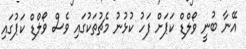
އޭނާ ބުނީ ވޯލްޑް ކަޕަށް ފަހު ކުޅުނު މެޗުތަކުގައި ވެސް ވޯލްޑް ކަޕުގައި